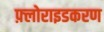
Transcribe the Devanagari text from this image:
फ़्लोराइडकरण